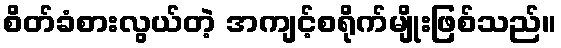
စိတ်ခံစားလွယ်တဲ့ အကျင့်စရိုက်မျိုးဖြစ်သည်။